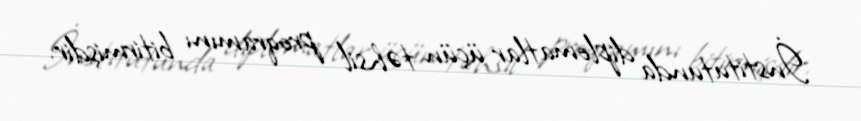
İnstitutunda diplomatlar üçün təhsil proqramını bitirmişdir.